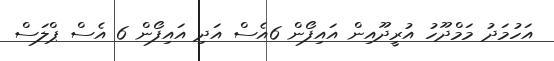
އަހުމަދު މަމްދޫހު އުރީދޫއިން އައިފޯން 6އެސް އަދި އައިފޯން 6 އެސް ޕްލަސް